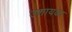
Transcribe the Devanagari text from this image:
उशायका